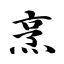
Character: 烹